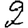
Digit: 2